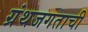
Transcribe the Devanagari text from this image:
ग्रंथजगताची